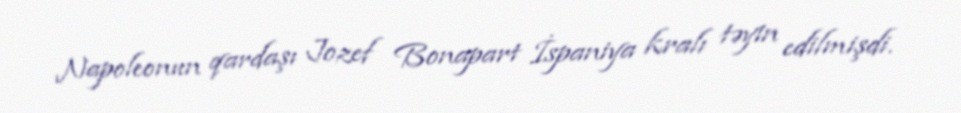
Napoleonun qardaşı Jozef Bonapart İspaniya kralı təyin edilmişdi.